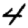
Digit: 4